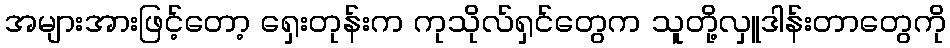
အများအားဖြင့်တော့ ရှေးတုန်းက ကုသိုလ်ရှင်တွေက သူတို့လှူဒါန်းတာတွေကို